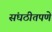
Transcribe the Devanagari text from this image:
संघठीतपणे